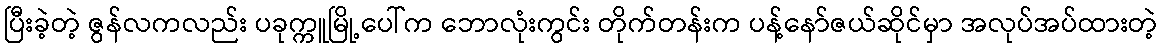
ပြီးခဲ့တဲ့ ဇွန်လကလည်း ပခုက္ကူမြို့ပေါ်က ဘောလုံးကွင်း တိုက်တန်းက ပန့်နော်ဇယ်ဆိုင်မှာ အလုပ်အပ်ထားတဲ့